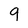
Character: 9